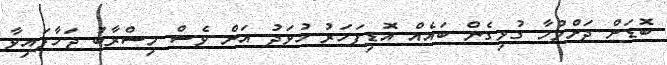
ބޮޑަށް ދަށްވުމާ ގުޅިގެން ބައެއް އޮޑިފަހަރު ހުވަދު އަށް ވެސް މިސްރާބު ޖަހާފައިވާ